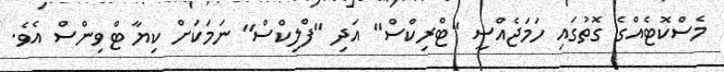
މެސްކޮޓެއްގެ ގޮތުގައި ހަމަޖެއްސީ "ޓްރިކްސް" އަދި "ފްލިކްސް" ނަމަކަށް ކިޔާ ޓްވިންސް އެވެ.